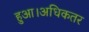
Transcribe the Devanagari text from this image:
हुआ।अधिकतर